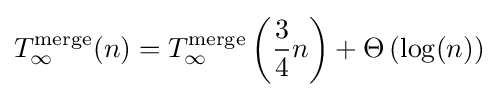
T_{\infty }^{\text{merge}}(n)=T_{\infty }^{\text{merge}}\left({\frac {3}{4}}n\right)+\Theta \left(\log(n)\right)